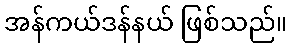
အန်ကယ်ဒန်နယ် ဖြစ်သည်။